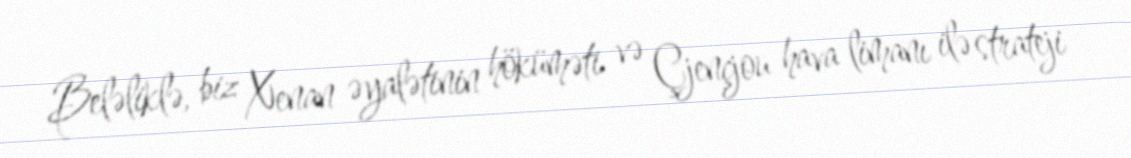
Beləliklə, biz Xenan əyalətinin höküməti və Çjençjou hava limanı ilə strateji